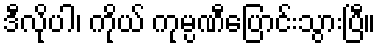
ဒီလိုပါ၊ ကိုယ် ကုမ္ပဏီပြောင်းသွားပြီ။